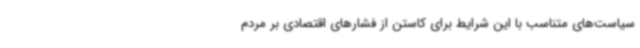
سیاست‌های متناسب با این شرایط برای کاستن از فشارهای اقتصادی بر مردم